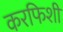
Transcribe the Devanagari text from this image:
करफिशीं